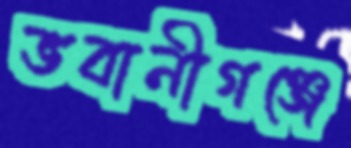
ভবানীগঞ্জে